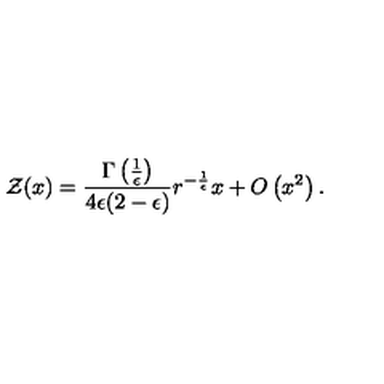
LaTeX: { \cal Z } ( x ) = { \frac { \Gamma \left( { \frac { 1 } { \epsilon } } \right) } { 4 \epsilon ( 2 - \epsilon ) } } r ^ { - { \frac { 1 } { \epsilon } } } x + O \left( x ^ { 2 } \right) .